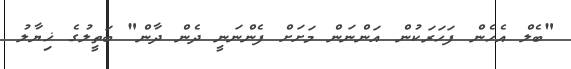
"ބެލް އެހެން ފަހަރަކުން އަންނަން މަށަށް ފެންނަނީ ދެން ދާން" ބަތީލުގެ ޚިޔާލު